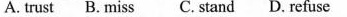
A.trust B.miss C. stand D. refuse